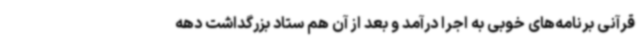
قرآنی برنامه‌های خوبی به اجرا درآمد و بعد از آن هم ستاد بزرگداشت دهه